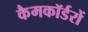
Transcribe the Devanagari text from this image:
कैमकॉर्डरों